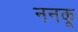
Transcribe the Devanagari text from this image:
ननकू